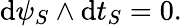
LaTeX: \mathrm{d}\psi_{S}\wedge\mathrm{d}t_{S}=0.